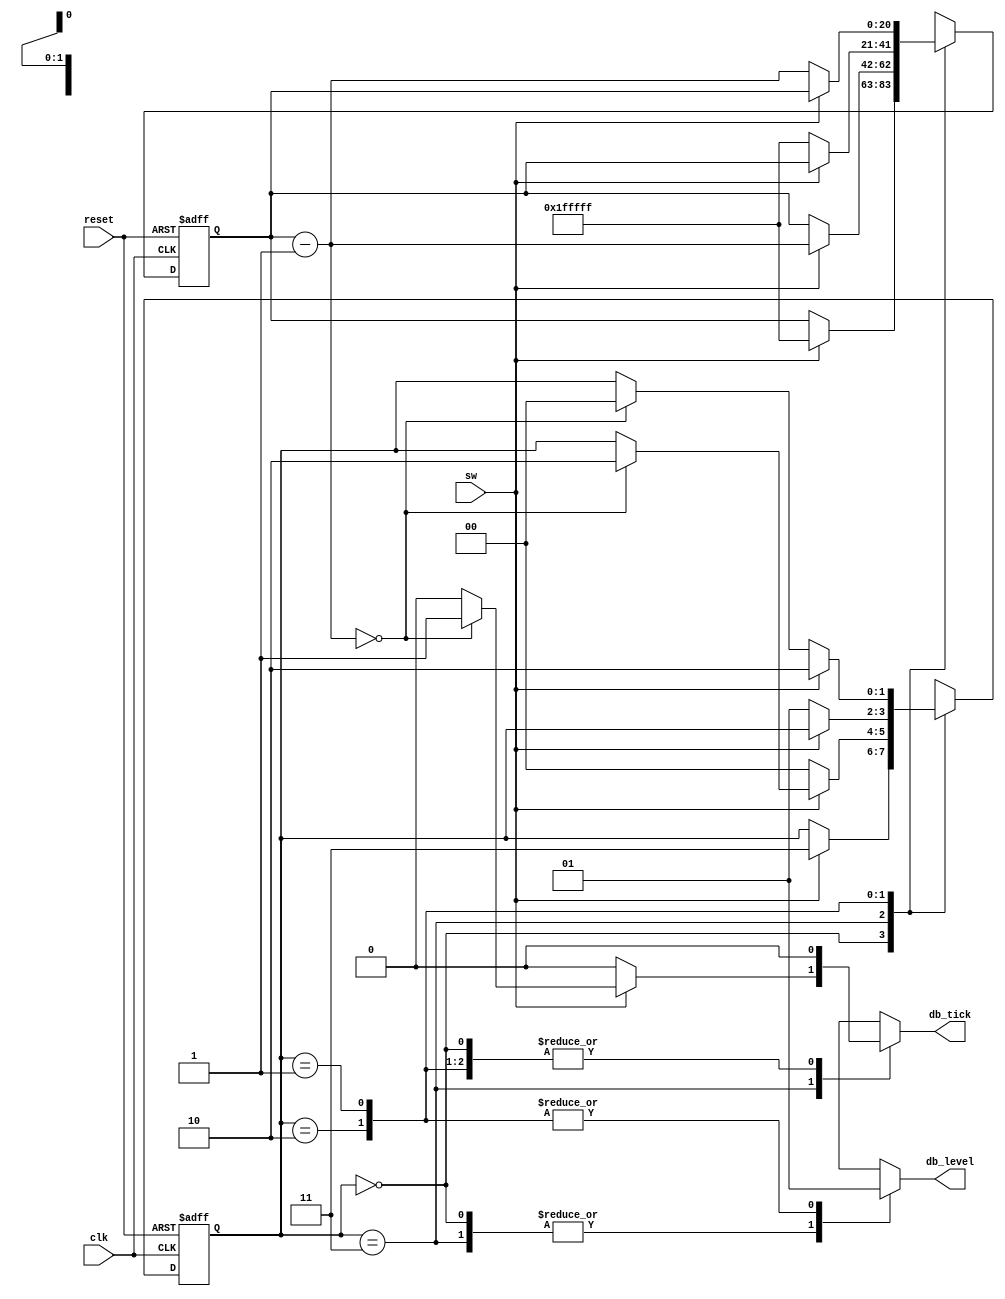
module debounce_7
	(
	 input wire clk, reset,
	 input wire sw,
	 output reg db_level, db_tick
    );
	localparam	[1:0]
					zero	= 2'b00,
					wait0	= 2'b01,
					one	= 2'b10,
					wait1 = 2'b11;
localparam N=21;
reg [N-1:0] q_reg, q_next;
reg [1:0] state_reg, state_next;
always @(posedge clk, posedge reset)
	if (reset)
		begin
			state_reg <= zero;
			q_reg <= 0;
		end
	else
		begin
			state_reg <= state_next;
			q_reg <= q_next;
		end
always @*
begin
	state_next = state_reg;
	q_next = q_reg;
	db_tick = 1'b0;
	case (state_reg)
		zero:
			begin
				db_level = 1'b0;
				if (sw)
					begin
						state_next = wait1;
						q_next = {N{1'b1}};
					end
			end
		wait1:
			begin
				db_level = 1'b0;
				if (sw)
					begin
						q_next = q_reg - 1;
						if (q_next == 0)
							begin
								state_next = one;
								db_tick = 1'b1;
							end
					end
				else 
					state_next = zero;
			end
		one:
			begin
				db_level = 1'b1;
				if (~sw)
					begin
						state_next = wait0;
						q_next = {N{1'b1}};
					end
			end
		wait0:
			begin
				db_level = 1'b1;
				if (~sw)
					begin
						q_next = q_reg - 1;
						if (q_next == 0)
							state_next = zero;
					end
				else 
					state_next = one;
			end
		default: state_next = zero;
	endcase
end 
endmodule